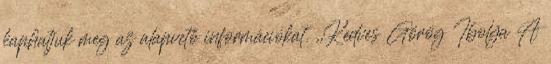
kaphatjuk meg az alapvető információkat. ,,Kedves Görög Ibolya A